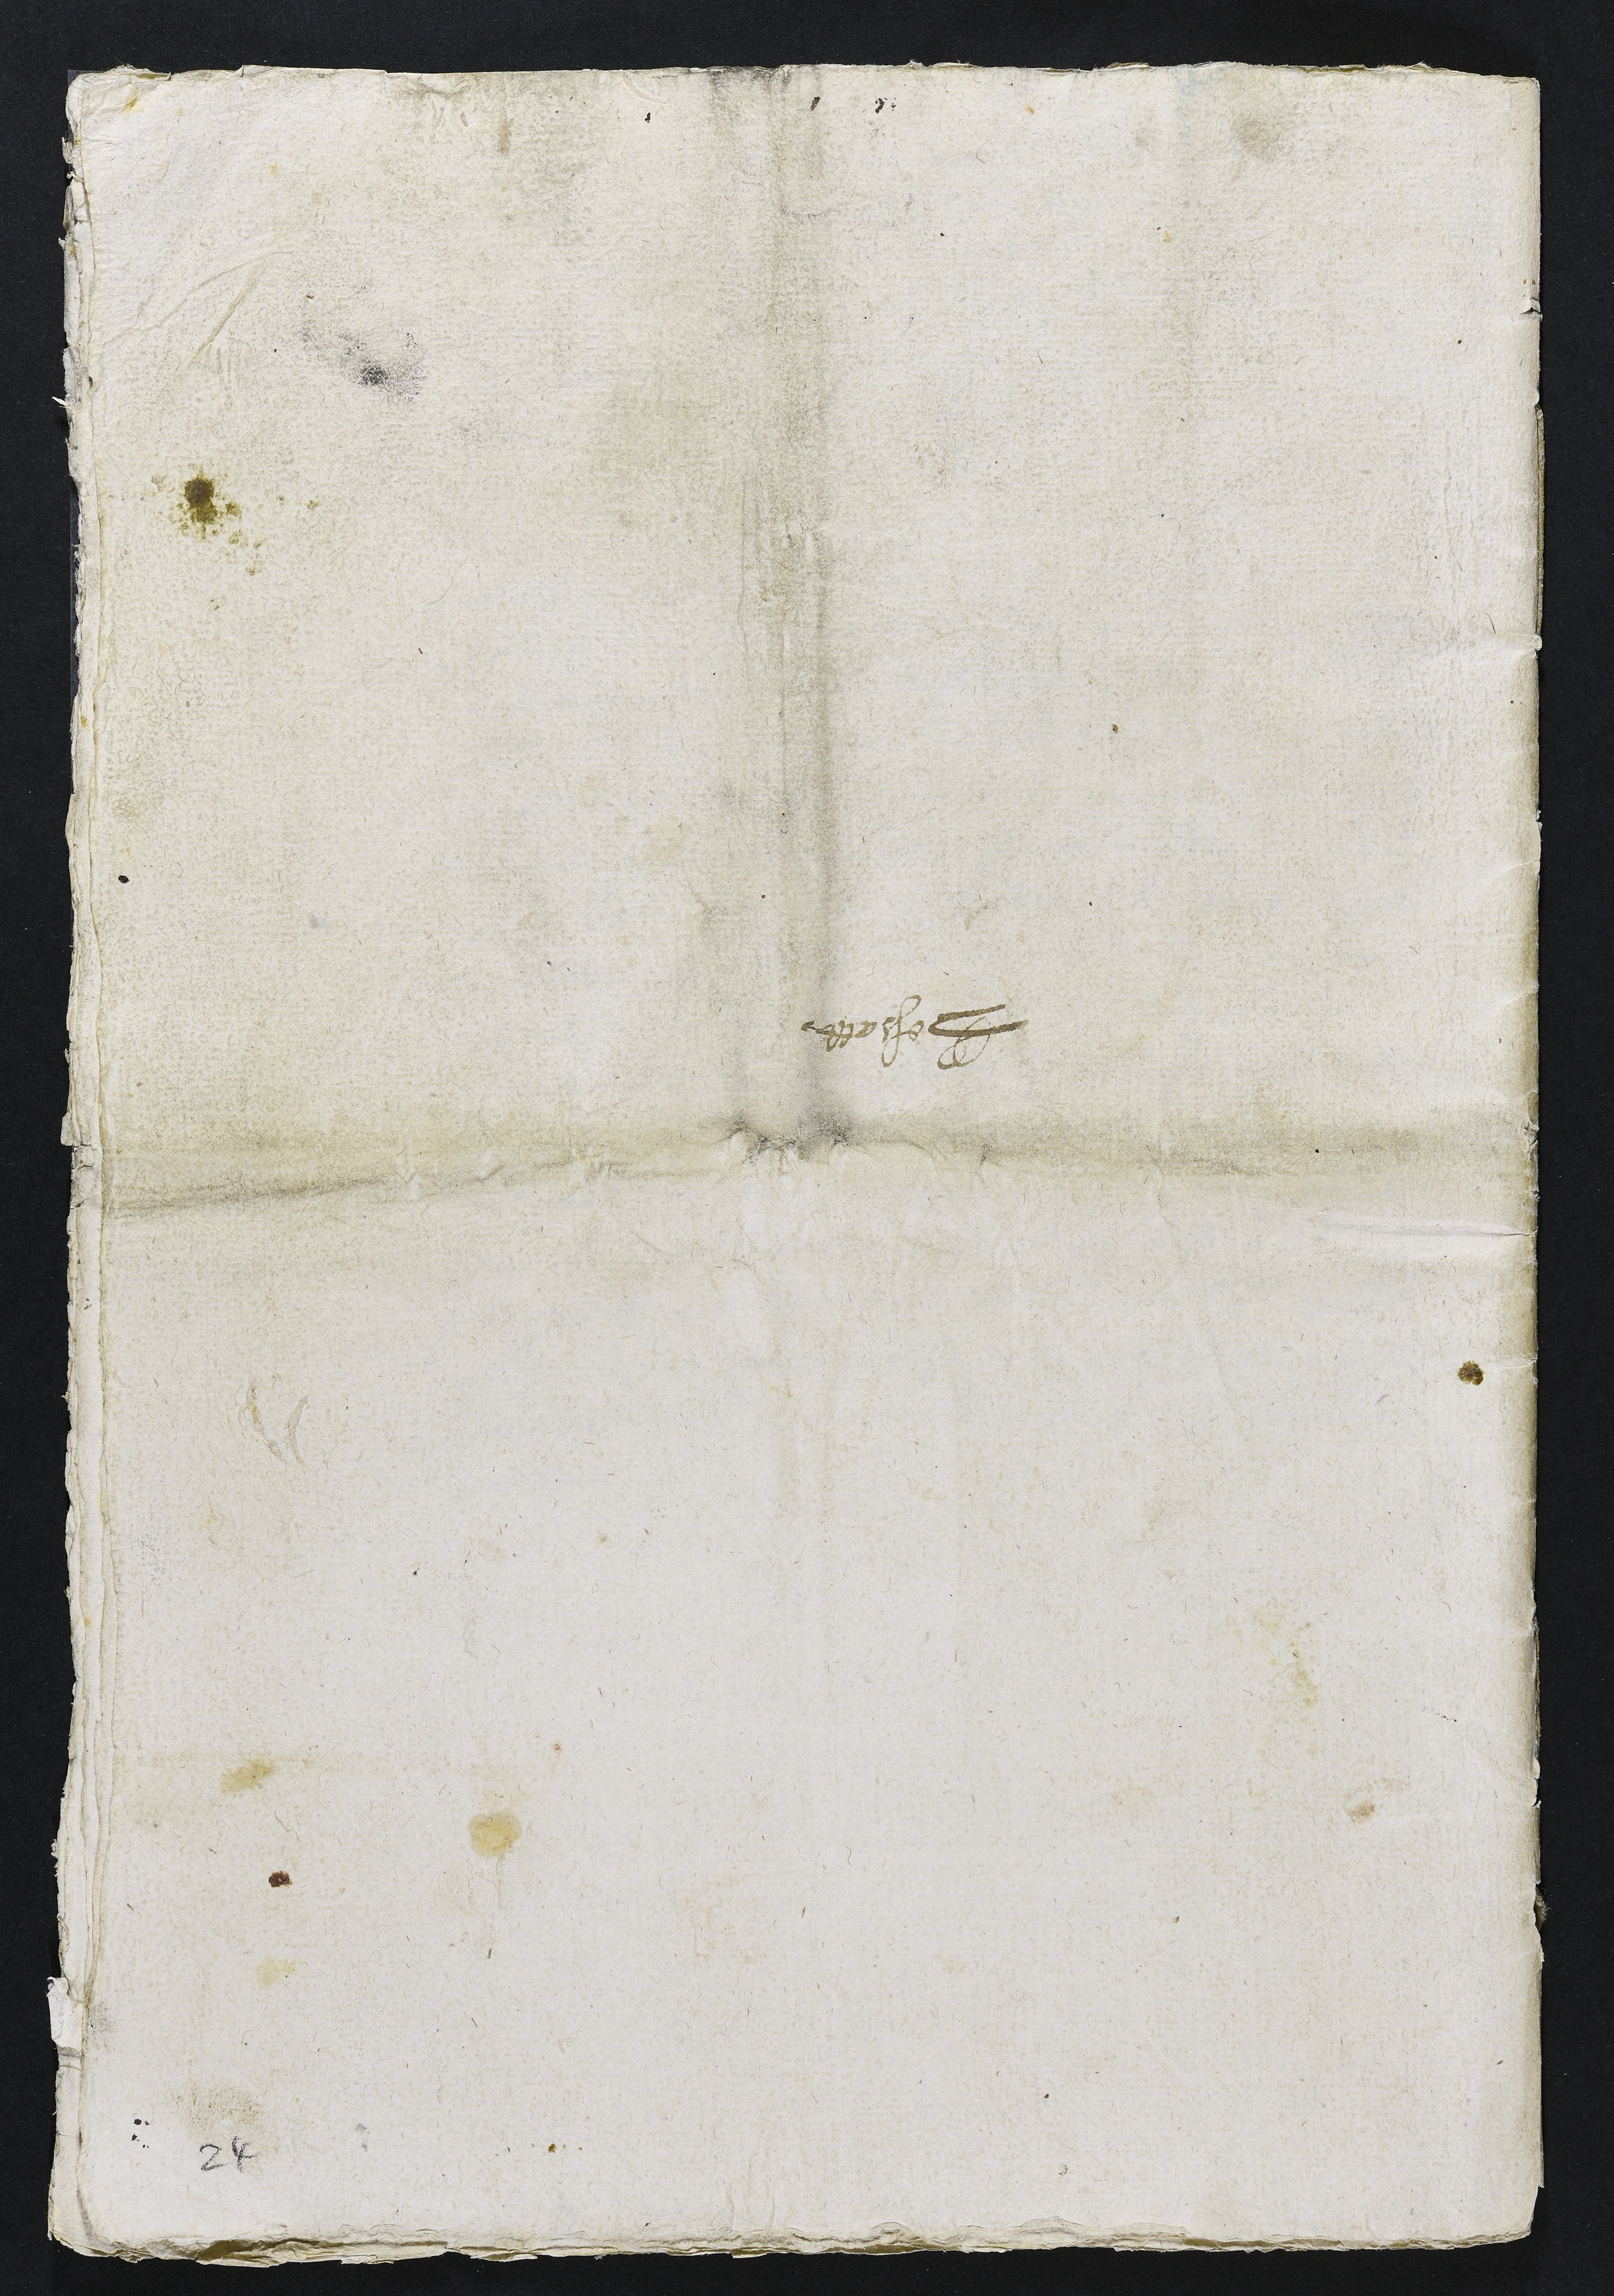
Bessatte